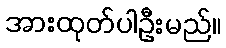
အားထုတ်ပါဦးမည်။